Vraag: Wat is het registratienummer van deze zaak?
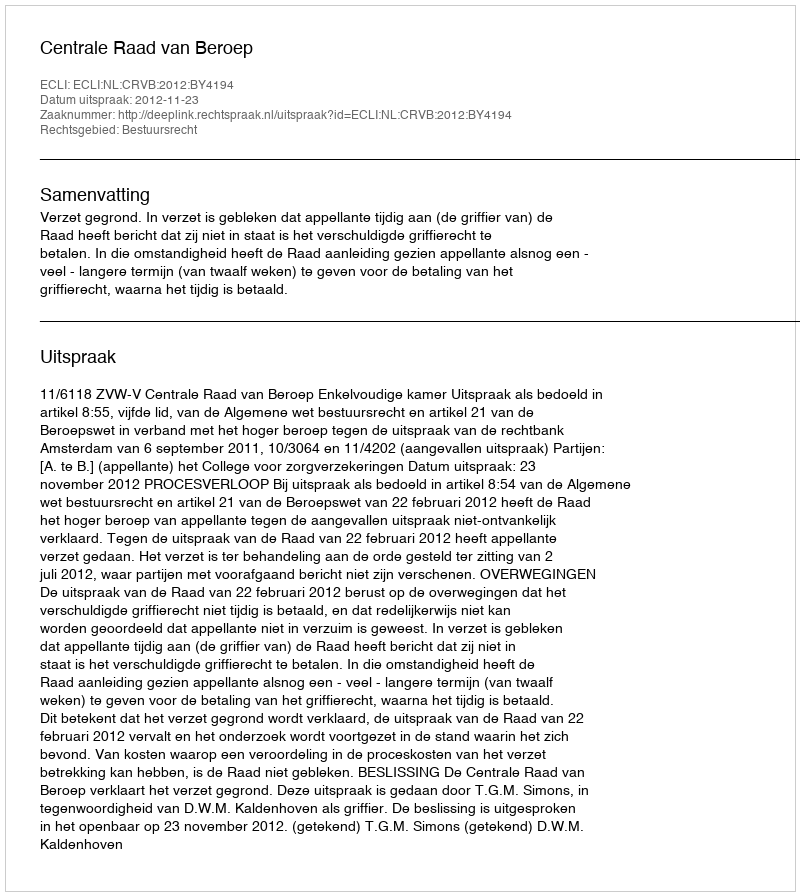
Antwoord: http://deeplink.rechtspraak.nl/uitspraak?id=ECLI:NL:CRVB:2012:BY4194